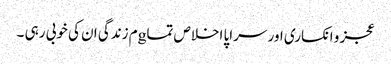
عجز و انکساری اور سراپا اخلاص تماgم زندگی ان کی خوبی رہی ۔